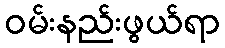
ဝမ်းနည်းဖွယ်ရာ